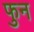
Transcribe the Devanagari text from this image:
फुन